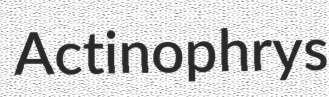
Actinophrys